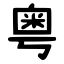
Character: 粤